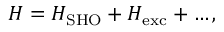
{ \cal H } = { \cal H } _ { \mathrm { S H O } } + { \cal H } _ { \mathrm { e x c } } + \dots ,